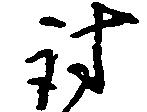
討